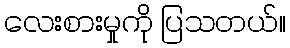
လေးစားမှုကို ပြသတယ်။